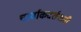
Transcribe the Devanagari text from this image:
चार्वाकदर्शनाची